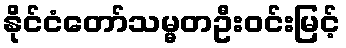
နိုင်ငံတော်သမ္မတဦးဝင်းမြင့်